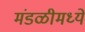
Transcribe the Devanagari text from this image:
मंडळीमध्यें